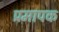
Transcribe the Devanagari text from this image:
प्रमापक